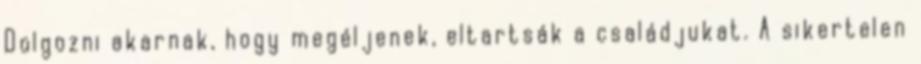
Dolgozni akarnak, hogy megéljenek, eltartsák a családjukat. A sikertelen